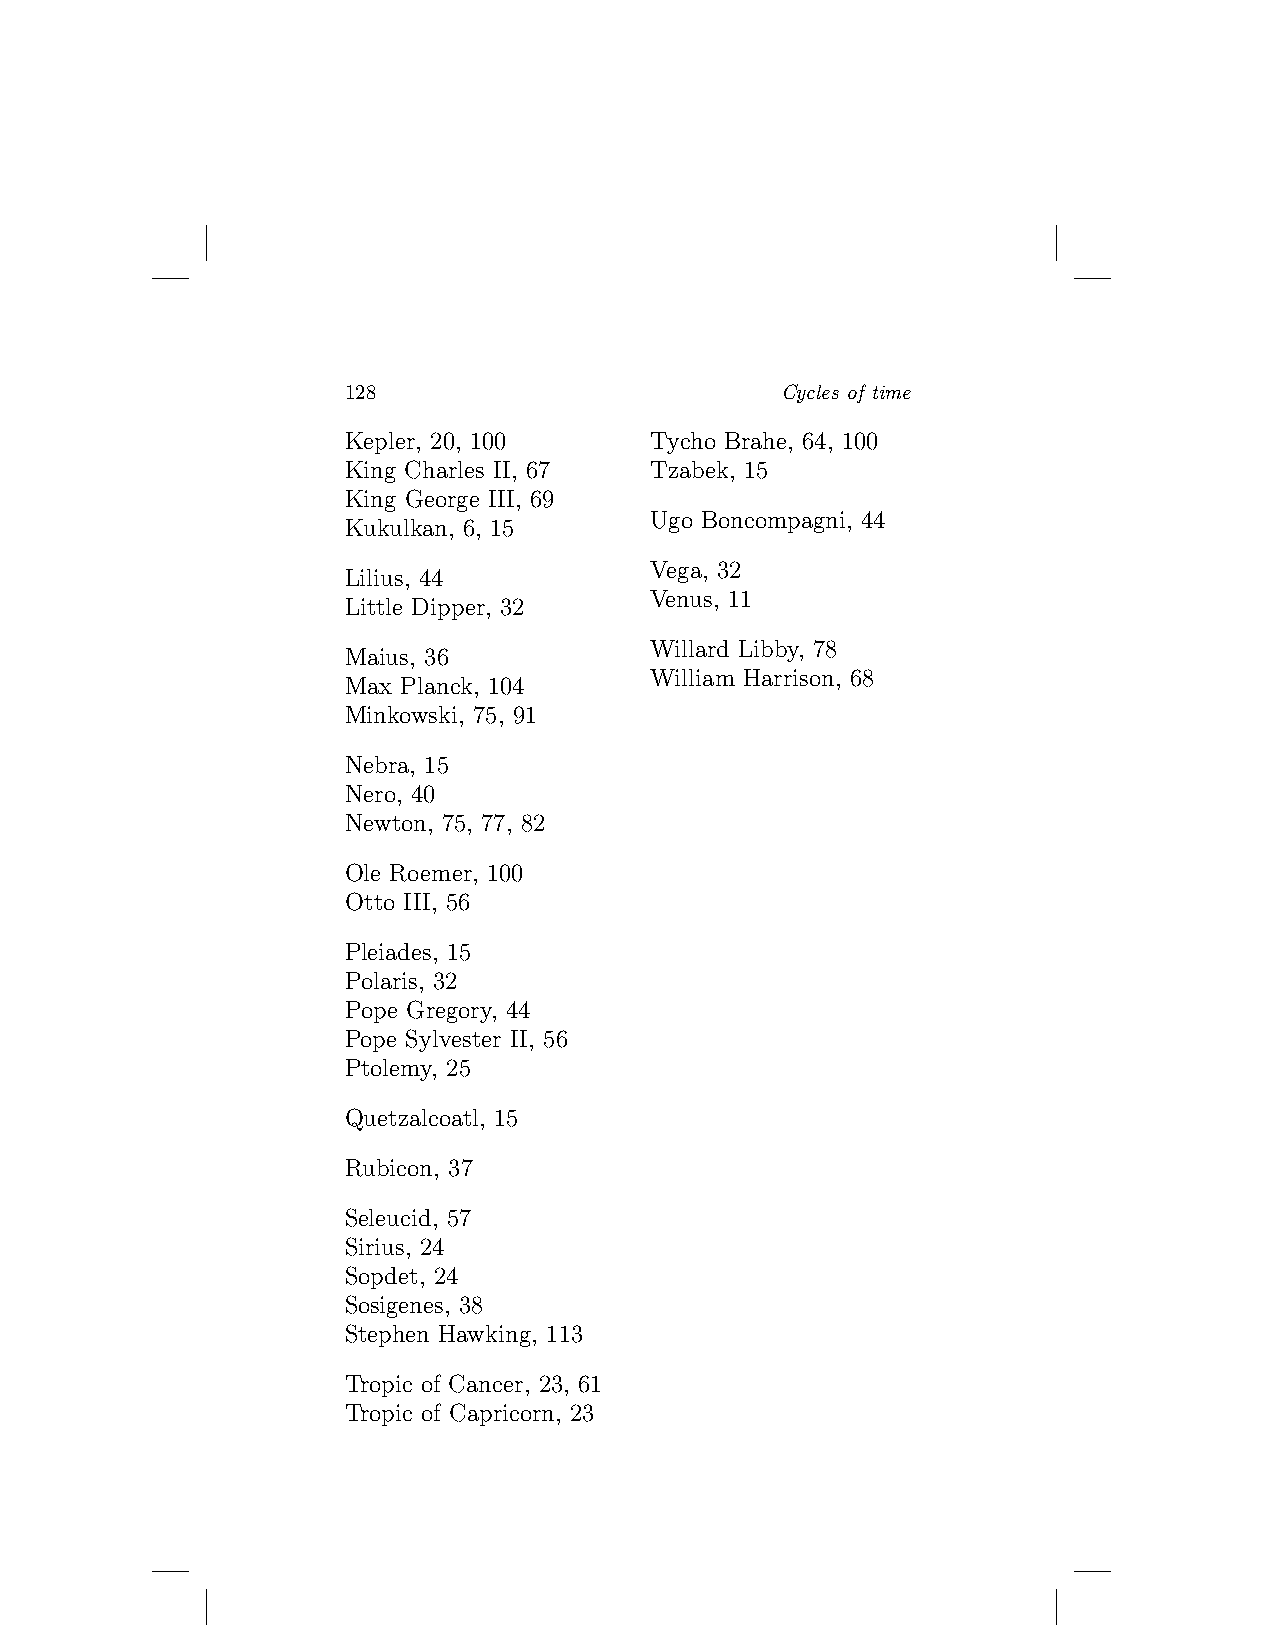
128                          Cycles of time
 Kepler, 20, 100     Tycho Brahe, 64, 100
 King Charles II, 67 Tzabek, 15
 King George III, 69
 Ugo Boncompagni, 44
 Kukulkan, 6, 15
 Vega, 32
 Lilius, 44
 Venus, 11
 Little Dipper, 32
 Willard Libby, 78
 Maius, 36
 William Harrison, 68
 Max Planck, 104
 Minkowski, 75, 91
 Nebra, 15
 Nero, 40
 Newton, 75, 77, 82
 Ole Roemer, 100
 Otto III, 56
 Pleiades, 15
 Polaris, 32
 Pope Gregory, 44
 Pope Sylvester II, 56
 Ptolemy, 25
 Quetzalcoatl, 15
 Rubicon, 37
 Seleucid, 57
 Sirius, 24
 Sopdet, 24
 Sosigenes, 38
 Stephen Hawking, 113
 Tropic of Cancer, 23, 61
 Tropic of Capricorn, 23